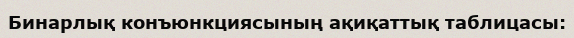
Бинарлық конъюнкциясының ақиқаттық таблицасы: